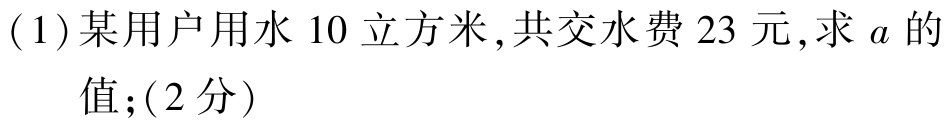
(1)某用户用水10立方米,共交水费23元,求\(a\)的值;(2分)